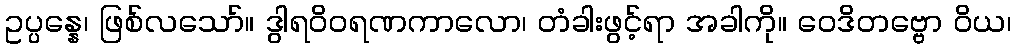
ဥပ္ပန္နေ၊ ဖြစ်လသော်။ ဒွါရဝိဝရဏကာလော၊ တံခါးဖွင့်ရာ အခါကို။ ဝေဒိတဗ္ဗော ဝိယ၊